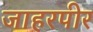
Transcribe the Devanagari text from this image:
जाहरपीर